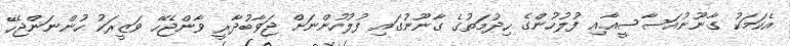
އެކަމަކު ގާނޫނުއަސާސީއާއި ފުލުހުންގެ ހިދުމަތުގެ ގާނޫނުގައި ފުލުހުންނަށް ޖަވާބުދާރީ ވާންޖެހޭ ވަޒީރަކު ހުންނަންޖެހޭ